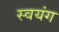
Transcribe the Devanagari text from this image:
स्वयंग